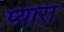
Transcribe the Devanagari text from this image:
प्‍यारा